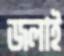
জলাই